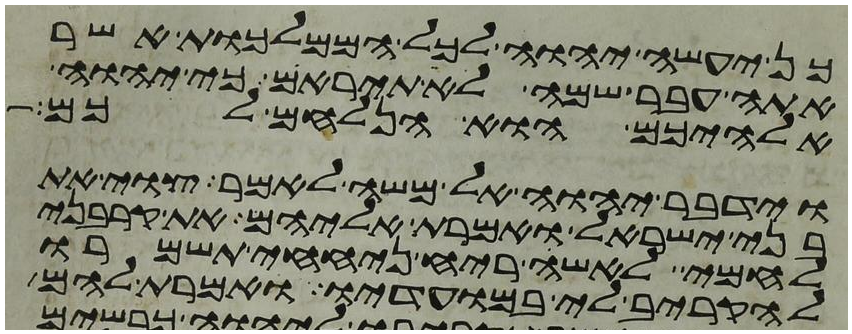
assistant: כן יעשה יהוה לכל הממלכות אשר
אתה עבר שמה לא תיראם כי יהוה
אלהיכם הוא הנלחם לכם
וידבר יהוה אל משה לאמר צוי את
בני ישראל ואמרת אליהם את קרבני
לחמי לאשי ריח ניחחי תשמרו
להקריב לי במועדיו ואמרת להם